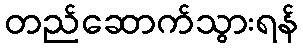
တည်ဆောက်သွားရန်